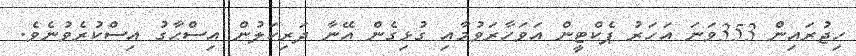
ހިޖުރައިން 353ވަނަ އަހަރު ޕެކްޓީން އަވަހާރަވުމާއި ގުޅިގެން އޭނާ ދަރިކަލުން އިސްޙާގު އިސްކުރެވުނެވެ.